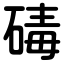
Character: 碡